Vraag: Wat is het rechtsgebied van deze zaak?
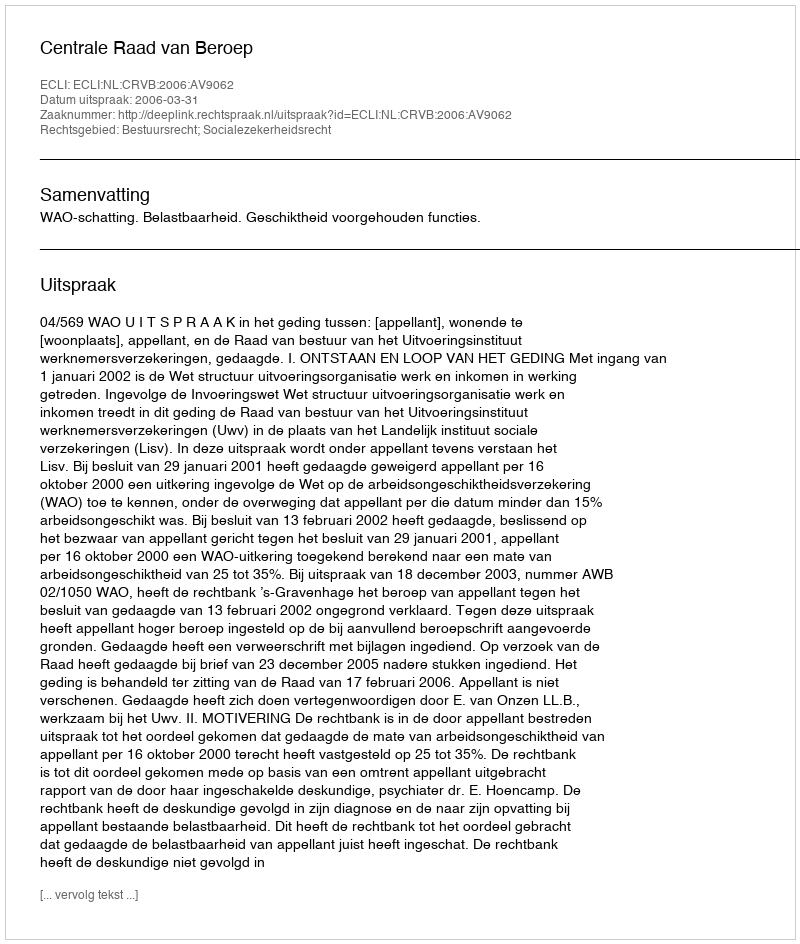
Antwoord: Bestuursrecht; Socialezekerheidsrecht